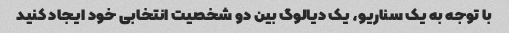
با توجه به یک سناریو، یک دیالوگ بین دو شخصیت انتخابی خود ایجاد کنید